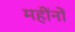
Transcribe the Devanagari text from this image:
महींनों